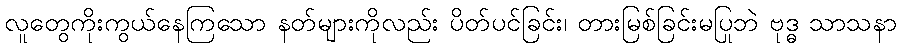
လူတွေကိုးကွယ်နေကြသော နတ်များကိုလည်း ပိတ်ပင်ခြင်း၊ တားမြစ်ခြင်းမပြုဘဲ ဗုဒ္ဓ သာသနာ